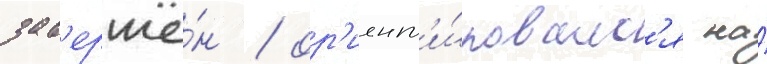
зав'ершё́н / ор'иент'и́ровалс'я на́